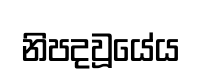
නිපදවූයේය